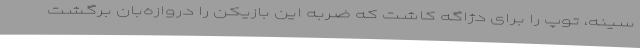
سینه، توپ را برای دژاگه کاشت که ضربه این بازیکن را دروازه‌بان برگشت